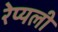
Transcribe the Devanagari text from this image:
रेप्यली